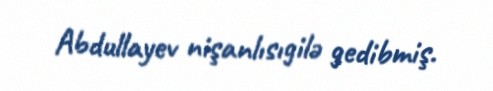
Abdullayev nişanlısıgilə gedibmiş.